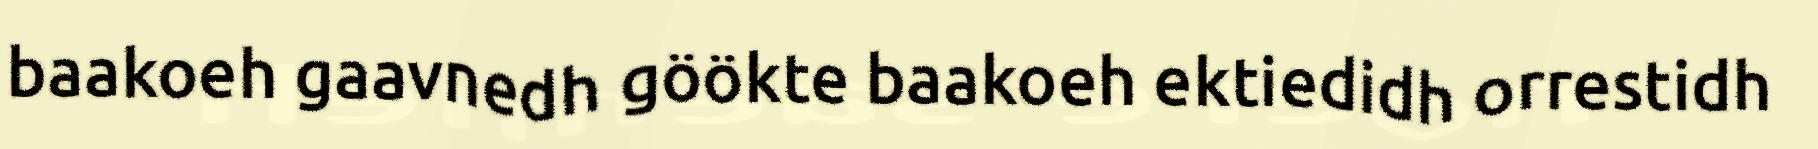
baakoeh gaavnedh göökte baakoeh ektiedidh orrestidh